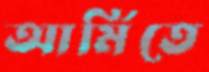
আর্মিতে